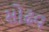
સોઢવ